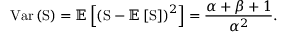
\mathrm { V a r } \left( \mathrm { S } \right) = \mathbb { E } \left[ \left( \mathrm { S } - \mathbb { E } \left[ \mathrm { S } \right] \right) ^ { 2 } \right] = \frac { \alpha + \beta + 1 } { \alpha ^ { 2 } } .